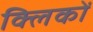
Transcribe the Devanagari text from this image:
क्लिकों